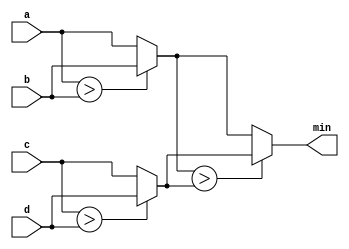
module top_module (
    input [7:0] a, b, c, d,
    output [7:0] min);//

    wire [7:0] wire1;
    wire [7:0] wire2;

    assign wire1 = a > b ? b : a;
    assign wire2 = c > d ? d : c;
    assign min = wire1 > wire2 ? wire2 : wire1;


endmodule